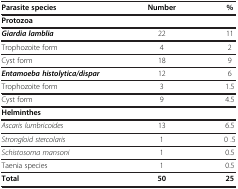
<table><thead><tr><td><b>Parasite species</b></td><td><b>Number</b></td><td><b>%</b></td></tr></thead><tbody><tr><td><b>Protozoa</b></td><td> </td><td> </td></tr><tr><td><b><i>Giardia lamblia</i></b></td><td>22</td><td>11</td></tr><tr><td>Trophozoite form</td><td>4</td><td>2</td></tr><tr><td>Cyst form</td><td>18</td><td>9</td></tr><tr><td><b><i>Entamoeba histolytica/dispar</i></b></td><td>12</td><td>6</td></tr><tr><td>Trophozoite form</td><td>3</td><td>1.5</td></tr><tr><td>Cyst form</td><td>9</td><td>4.5</td></tr><tr><td><b>Helminthes</b></td><td> </td><td> </td></tr><tr><td><i>Ascaris lumbricoides</i></td><td>13</td><td>6.5</td></tr><tr><td><i>Strongloid stercolaris</i></td><td>1</td><td>0 .5</td></tr><tr><td><i>Schistosoma mansoni</i></td><td>1</td><td>0.5</td></tr><tr><td>Taenia species</td><td>1</td><td>0.5</td></tr><tr><td><b>Total</b></td><td><b>50</b></td><td><b>25</b></td></tr></tbody></table>